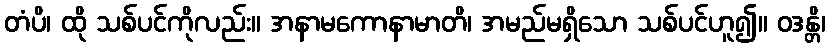
တံပိ၊ ထို သစ်ပင်ကိုလည်း။ အနာမကောနာမာတိ၊ အမည်မရှိသော သစ်ပင်ဟူ၍။ ဝဒန္တိ၊